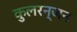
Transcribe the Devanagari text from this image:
कुलरन्जन